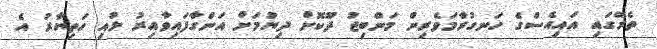
ތެރޭގައި އައިއެސްގެ ހަނގުރާމަވެރިން މަންބިޖު ދޫކޮށް ދިޔުމަށް އަންގާފައިވާއިރު ލުއި ހަތިޔާރު އެ